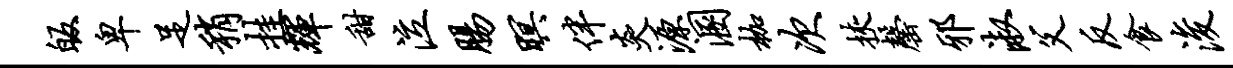
皈卑足稍挂辉甜泣肠暝伴炎源溷枷次挟罄邪淑父反食浚